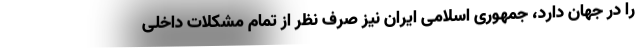
را در جهان دارد، جمهوری اسلامی ایران نیز صرف نظر از تمام مشکلات داخلی